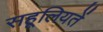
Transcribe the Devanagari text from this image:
सहूलियतें